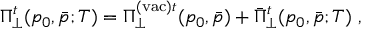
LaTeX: \Pi _ { \perp } ^ { t } ( p _ { 0 } , \bar { p } ; T ) = \Pi _ { \perp } ^ { \mathrm { ( v a c ) } t } ( p _ { 0 } , \bar { p } ) + \bar { \Pi } _ { \perp } ^ { t } ( p _ { 0 } , \bar { p } ; T ) \ ,